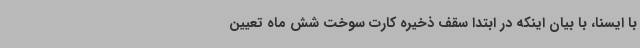
با ایسنا، با بیان اینکه در ابتدا سقف ذخیره کارت سوخت شش ماه تعیین